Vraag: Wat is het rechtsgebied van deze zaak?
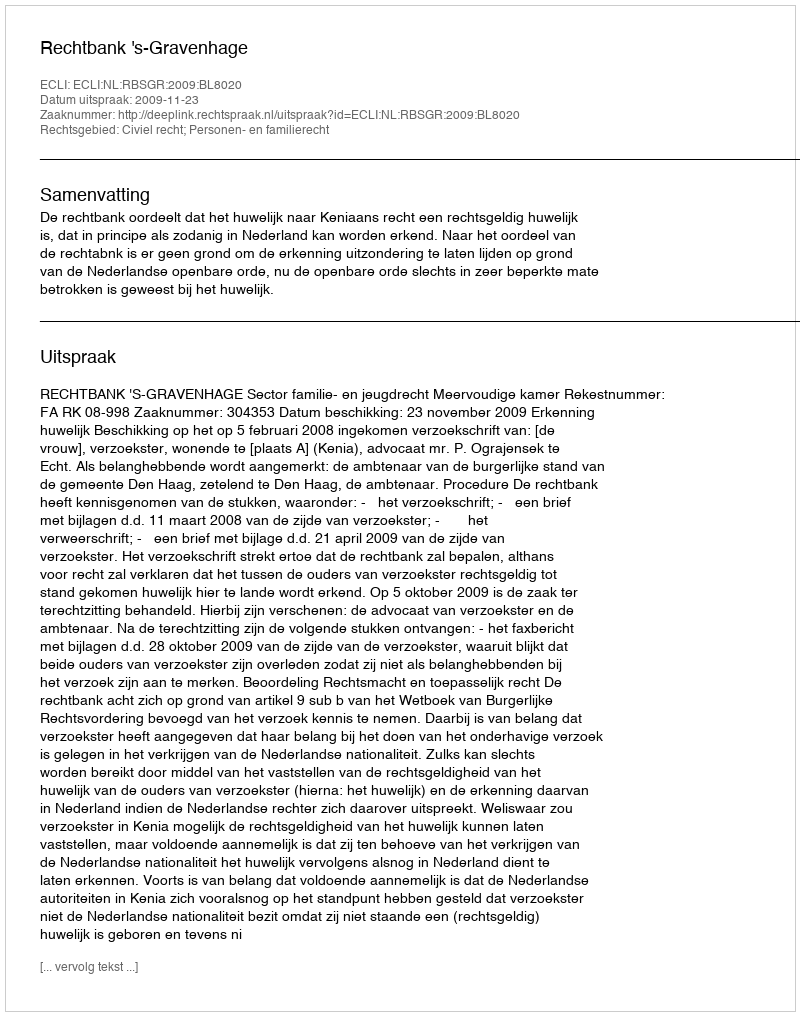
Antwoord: Civiel recht; Personen- en familierecht